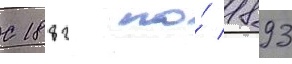
С 1882 по́ 1893